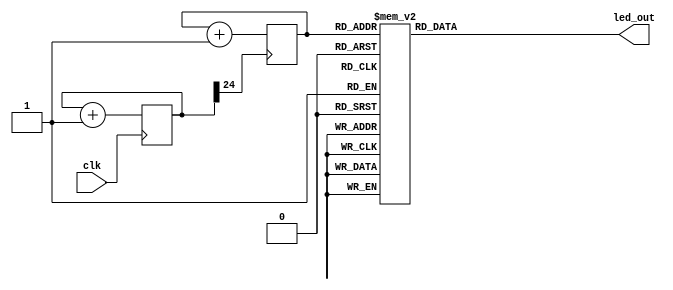
`default_nettype none

module practice4(
	input wire clk,
	output wire [7:0] led_out
);

	reg [3:0] counter;
	reg [24:0] div_counter;
	wire div_clk;

	function [7:0] hex7segdec(input [3:0] hex);
	begin
		case (hex)
			4'b0000: hex7segdec = 8'b00000011;
			4'b0001: hex7segdec = 8'b10011111;
			4'b0010: hex7segdec = 8'b00100101;
			4'b0011: hex7segdec = 8'b00001101;
			4'b0100: hex7segdec = 8'b10011001;
			4'b0101: hex7segdec = 8'b01001001;
			4'b0110: hex7segdec = 8'b01000001;
			4'b0111: hex7segdec = 8'b00011111;
			4'b1000: hex7segdec = 8'b00000001;
			4'b1001: hex7segdec = 8'b00001001;
			4'b1010: hex7segdec = 8'b00010001;
			4'b1011: hex7segdec = 8'b11000001;
			4'b1100: hex7segdec = 8'b11100101;
			4'b1101: hex7segdec = 8'b10000101;
			4'b1110: hex7segdec = 8'b01100001;
			4'b1111: hex7segdec = 8'b01110001;
			default: hex7segdec = 8'b10010001; // X
		endcase
	end
	endfunction

	always @(posedge clk) begin
		div_counter <= div_counter + 1;
	end

	assign div_clk = div_counter[24];

	always @(posedge div_clk) begin
		counter <= counter + 1;
	end

	assign led_out = hex7segdec(counter);

endmodule